Papers set at the Examination for Leaving Certificates, 1890
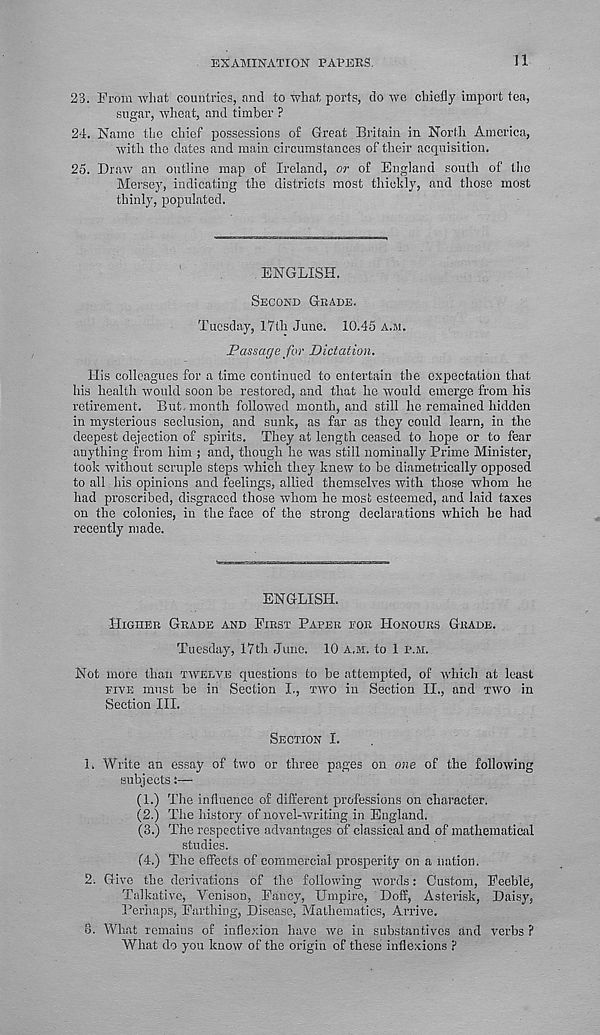
EXAMINATION PATERS.
11
23. From what countries, and to what ports, do we chiefly import tea,
sugar, wheat, and timber ?
24. Name the chief possessions of Great Britain in North America,
with the dates and main circumstances of their acquisition.
25. Draw an outline map of Ireland, or of England south of the
Mersey, indicating the districts most thickly, and those most
thinly, populated.
ENGLISH.
SECOND GRADE.
Tuesday, 17th June. 10.45 A.M.
Passage for Dictation.
His colleagues for a time continued to entertain the expectation that
his health would soon be restored, and that he would emerge from his
retirement. But. month followed month, and still he remained hidden
in mysterious seclusion, and sunk, as far as they could learn, in the
deepest dejection of spirits. They at length ceased to hope or to fear
anything from him ; and, though he was still nominally Prime Minister,
took without scruple steps which they knew to be diametrically opposed
to all his opinions and feelings, allied themselves with those whom he
had proscribed, disgraced those whom he most esteemed, and laid taxes
on the colonies, in the face of the strong declarations which he had
recently made.
ENGLISH.
HiGiiEr. GRADE AND FIRST PAPER FOR HONOURS GRADE.
Tuesday, 17th June. 10 A.M. to 1 P.M.
Not more than TWELVE questions to be attempted, of which at least
FIVE must he in Section I., TWO in Section II., and TWO in
Section III.
SECTION I.
1. Write an essay of two or three pages on one of the following
subjects:—
(1.) The influence of different professions on character.
(2.) The history of novel-writing in England.
(3.) The respective advantages of classical and of mathematical
studies.
(4.) The effects of commercial prosperity on a nation.
2. Give the derivations of the following words: Custom, Feeble,
Talkative, Yenison, Fancy, Umpire, Doff, Asterisk, Daisy,
Perhaps, Farthing, Disease, Mathematics, Arrive.
8. What remains of inflexion have we in substantives and verbs ?
What do you know of the origin of these inflexions ?